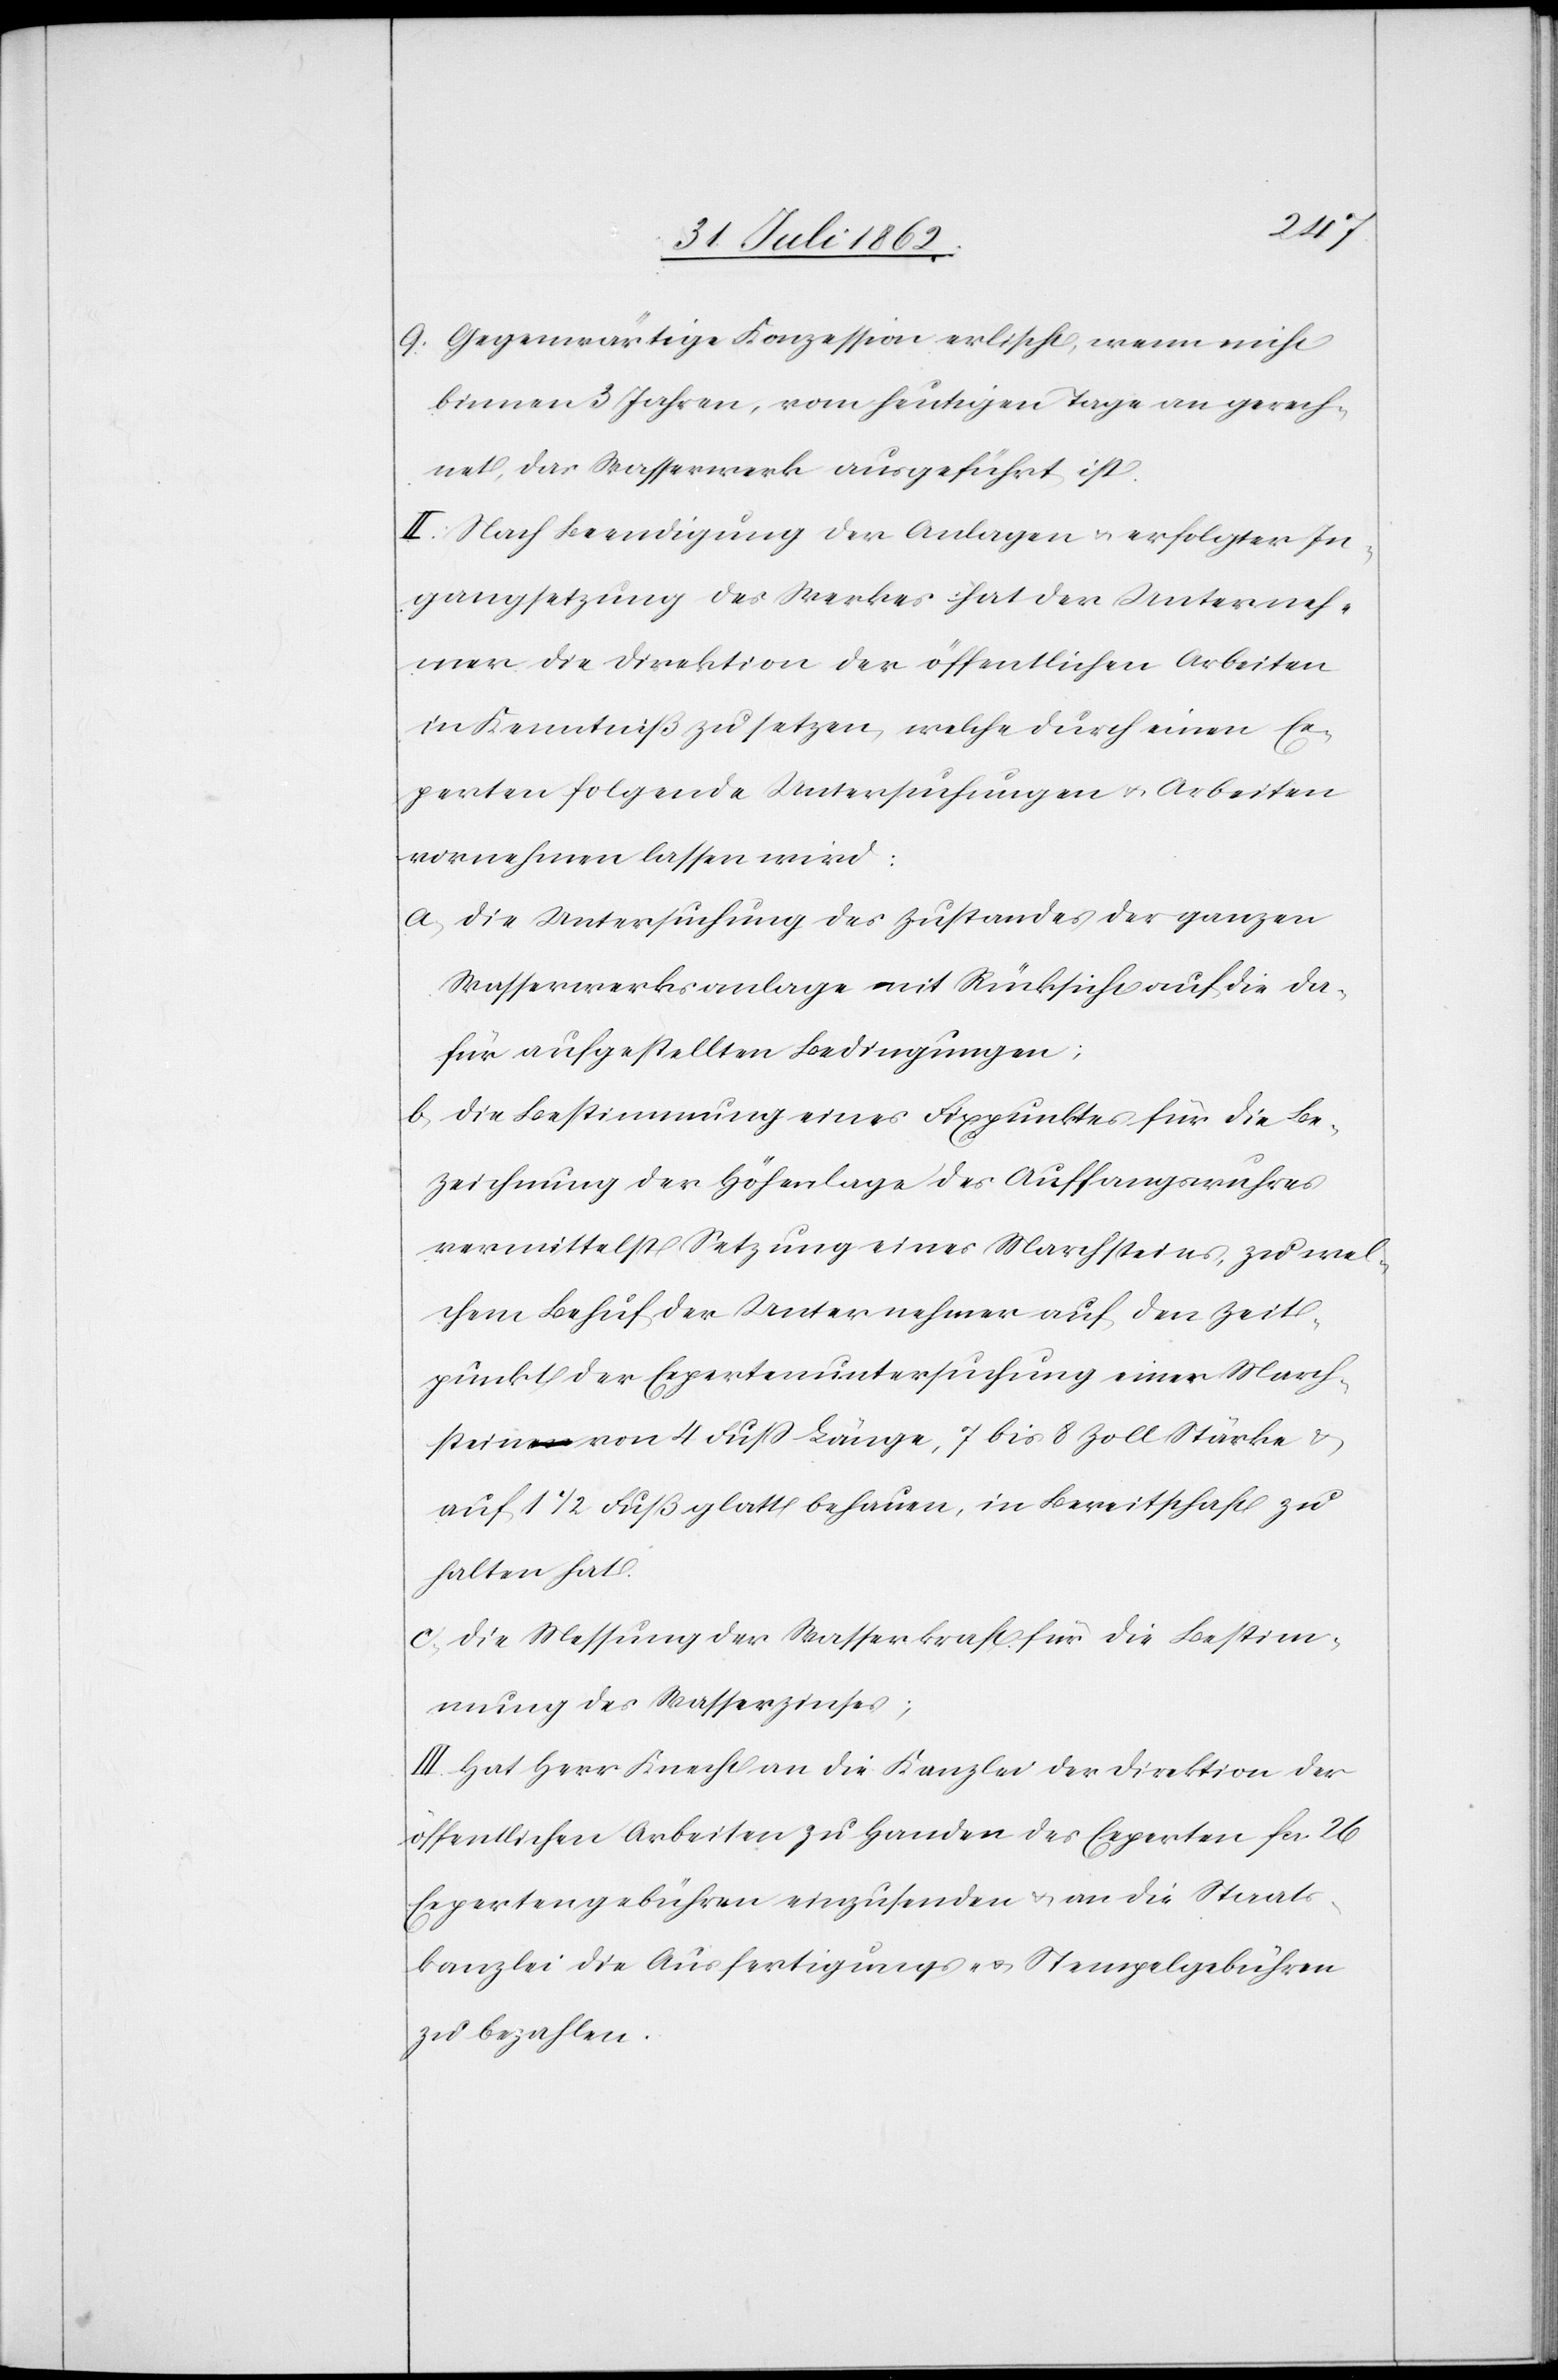
9. Gegenwärtige Konzession erlischt, wenn nicht
binnen 3 Jahren, vom heutigen Tage an gerech¬
net, das Wasserwerk ausgeführt ist.
II. Nach Beendigung der Anlagen u. erfolgter In¬
gangsetzung des Werkes hat der Unterneh¬
mer die Direktion der öffentlichen Arbeiten
in Kenntniß zu setzten, welche durch einen Ex¬
perten folgende Untersuchungen u. Arbeiten
vornehmen lassen wird:
a) die Untersuchung des Zustandes der ganzen
Wasserwerksanlage mit Rücksicht auf die da¬
für aufgestellten Bedingungen;
b) die Bestimmung eines Fixpunktes für die Be¬
zeichnung der Höhenlage des Auffangswuhres
vermittelst Setzung eines Marchsteines, zu wel¬
chem Behuf der Unternehmer auf den Zeit¬
punkt der Expertenuntersuchung einen March¬
stein von 4 Fuß Länge, 7 bis 8 Zoll Stärke u.
auf 1 1/2 Fuß glatt behauen, in Bereitschaft zu
halten hat.
c) die Messung der Wasserkraft für die Bestim¬
mung des Wasserzinses;
III. Hat Herr Knecht die Kanzlei der Direktion der
öffentlichen Arbeiten zu Handen des Experten fcs. 26
Expertengebühren einzusenden u. an die Staats¬
kanzlei die Ausfertigungs- u. Stempelgebühren
zu bezahlen.